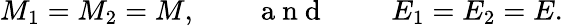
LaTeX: M_{1}=M_{2}=M,\qquad\mathrm{~a~n~d~\qquad~}E_{1}=E_{2}=E.